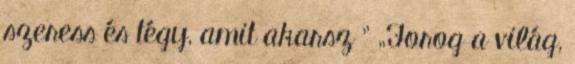
szeress és tégy, amit akarsz ” „Forog a világ,